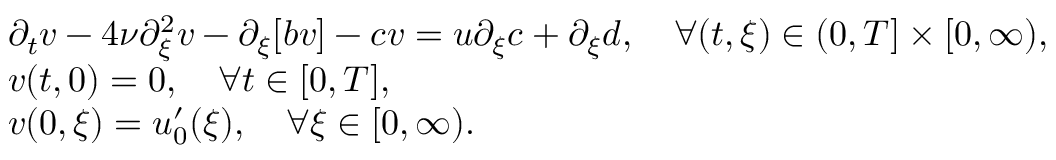
\begin{array} { r l } & { \partial _ { t } v - 4 \nu \partial _ { \xi } ^ { 2 } v - \partial _ { \xi } [ b v ] - c v = u \partial _ { \xi } c + \partial _ { \xi } d , \quad \forall ( t , \xi ) \in ( 0 , T ] \times [ 0 , \infty ) , } \\ & { v ( t , 0 ) = 0 , \quad \forall t \in [ 0 , T ] , } \\ & { v ( 0 , \xi ) = u _ { 0 } ^ { \prime } ( \xi ) , \quad \forall \xi \in [ 0 , \infty ) . } \end{array}